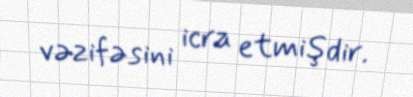
vəzifəsini icra etmişdir.